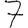
Digit: 7